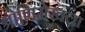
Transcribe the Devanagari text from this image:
श्रोणिमेखला